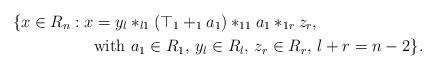
LaTeX: \begin{align*} \{x\in R_n:x&=y_l\ast_{l1}(\top_1+_1a_1)\ast_{11}a_1\ast_{1r}z_r, \\ &\mbox{with }a_1\in R_1,\,y_l\in R_l,\,z_r\in R_r,\,l+r=n-2\}. \end{align*}